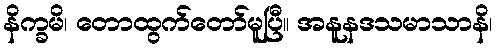
နိက္ခမိ၊ တောထွက်တော်မူပြီ။ အနူနဒသမာသာနိ၊